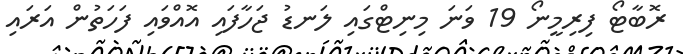
ރޮބާޓޯ ފިރިމީނޯ 19 ވަނަ މިނިޓްގައި ލަނޑު ޖަހާފައި އޮއްވައި ފަހަތުން އަރައި